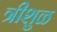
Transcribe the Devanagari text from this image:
त्रीशुळ